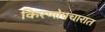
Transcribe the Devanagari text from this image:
किरणोपचारात